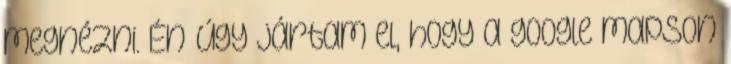
megnézni. Én úgy jártam el, hogy a google mapson